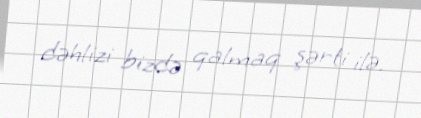
dəhlizi bizdə qalmaq şərti ilə.